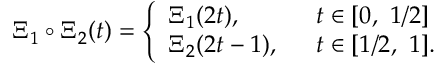
\Xi _ { 1 } \circ \Xi _ { 2 } ( t ) = \left\{ \begin{array} { l l } { { \Xi _ { 1 } ( 2 t ) , } } & { { t \in [ 0 , \ 1 / 2 ] } } \\ { { \Xi _ { 2 } ( 2 t - 1 ) , \ \ } } & { { t \in [ 1 / 2 , \ 1 ] . } } \end{array} \right.